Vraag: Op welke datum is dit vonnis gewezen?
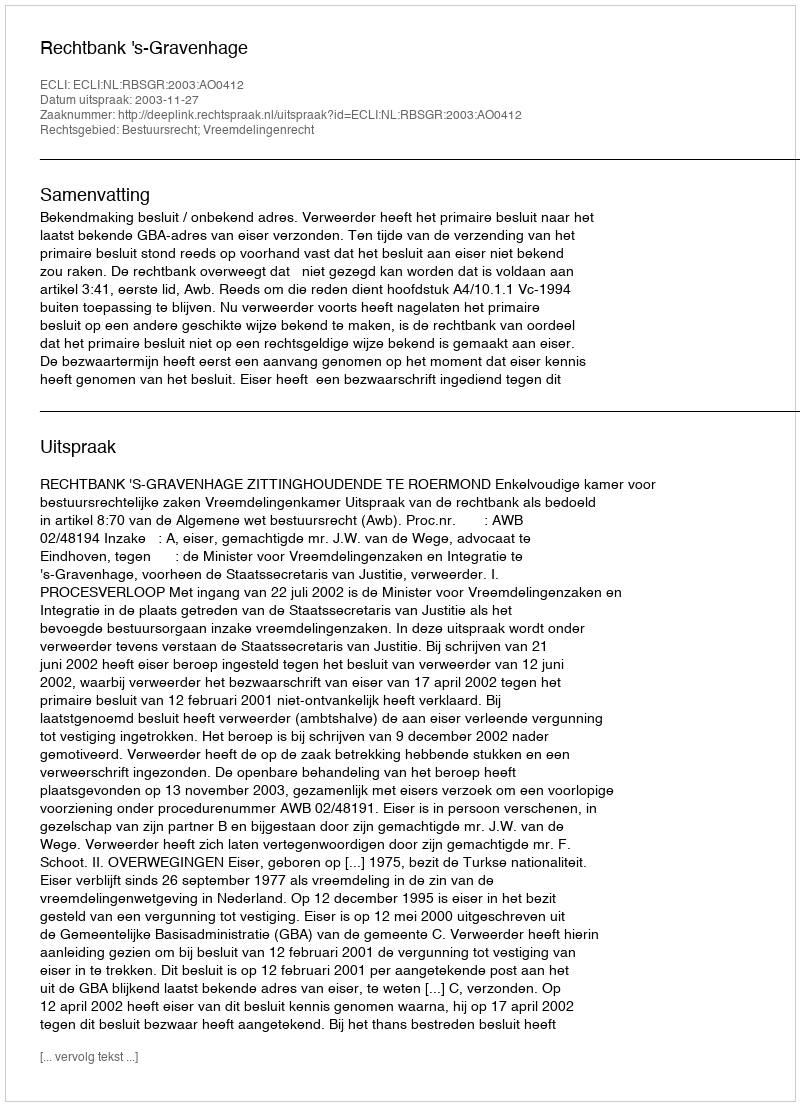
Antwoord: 2003-11-27